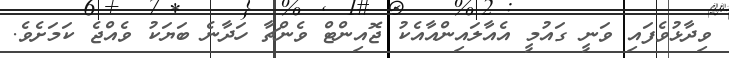
ވިދާޅުވެފައި ވަނީ ގައުމީ އެއާލައިންއާއެކު ޖޮއިންޓް ވެންޗާ ހަދާނެ ބަޔަކު ވެއްޖެ ކަމަށެވެ.